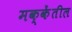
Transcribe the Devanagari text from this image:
मक्केंतील